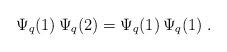
LaTeX: \begin{align*}\Psi_q(1)\, \Psi_q(2) =\Psi_q(1)\, \Psi_q(1) \;.\end{align*}